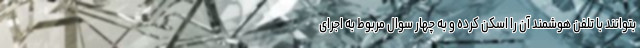
بتوانند با تلفن هوشمند آن را اسکن کرده و به چهار سوال مربوط به اجرای